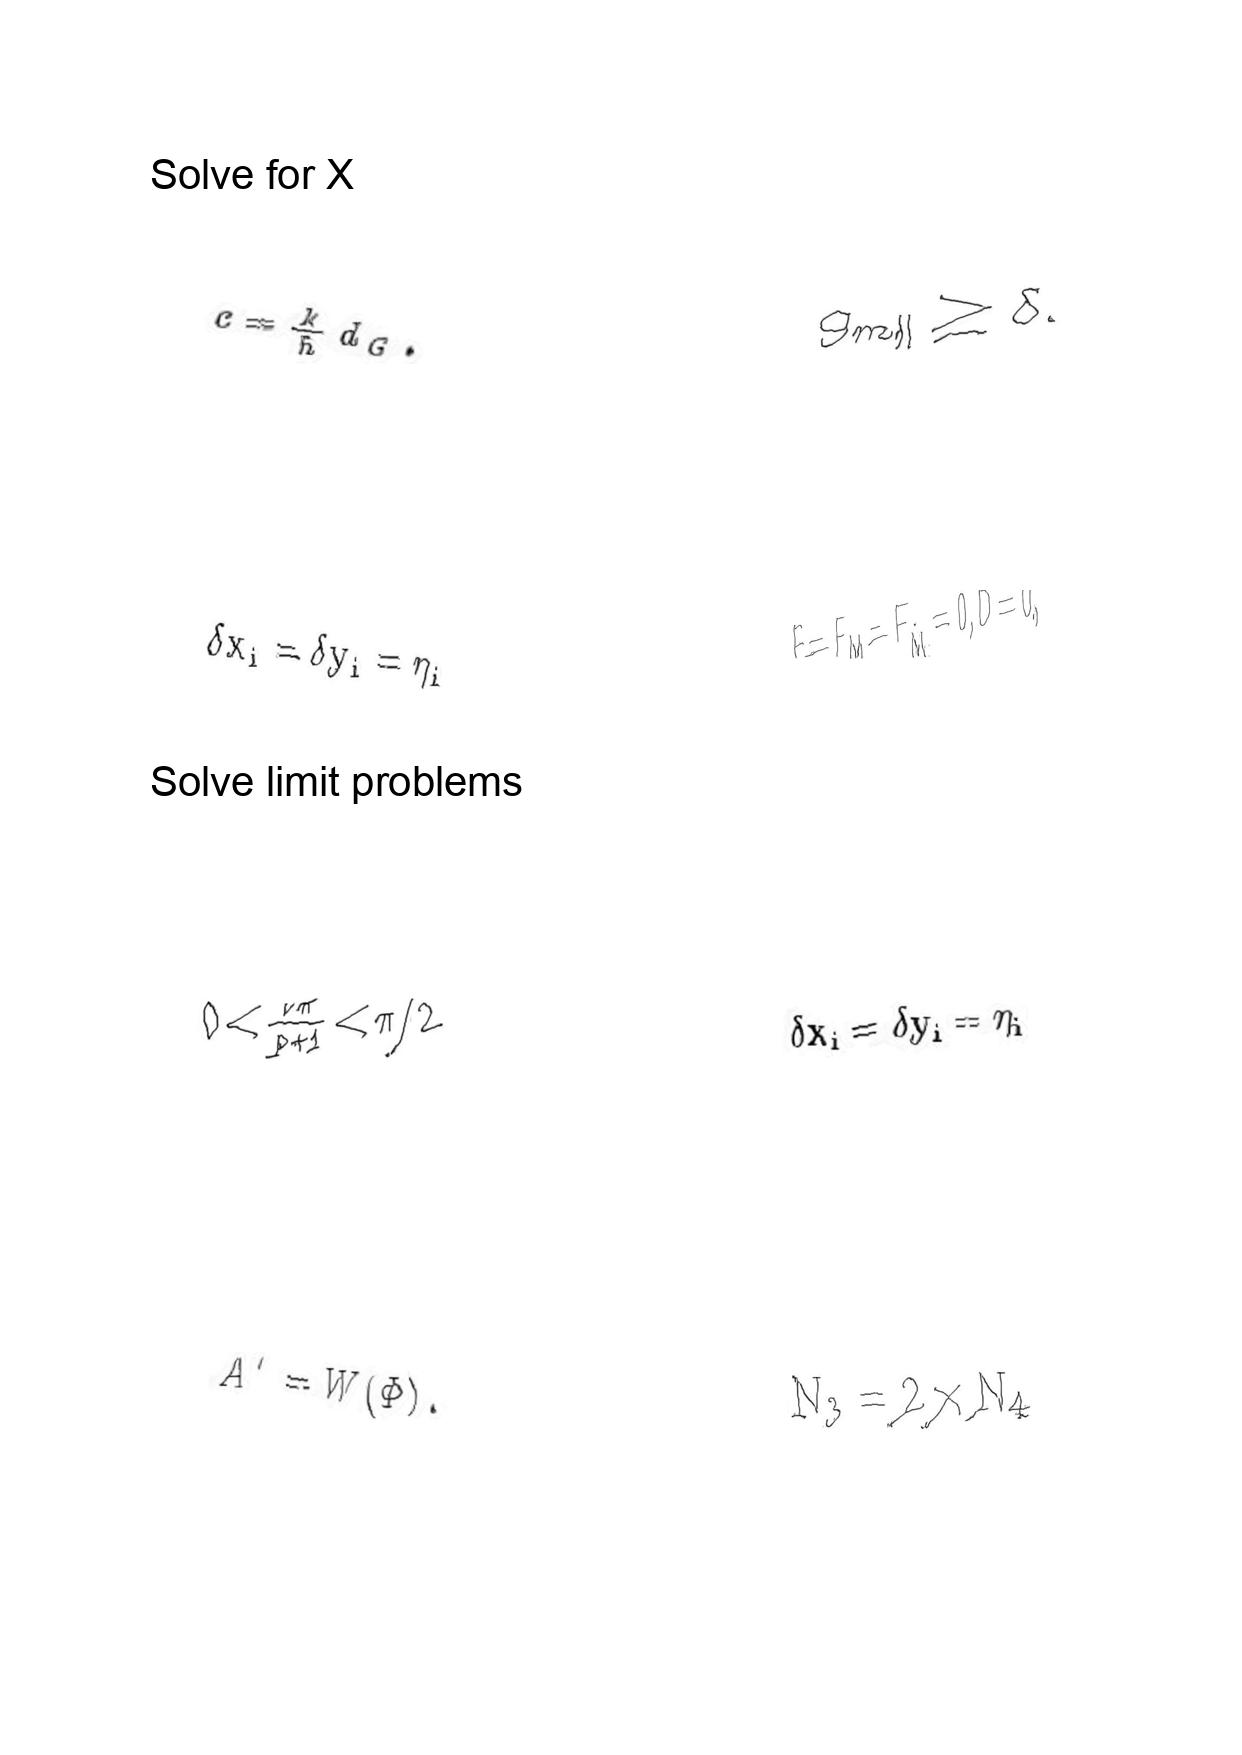
LaTeX transcription:
c = \frac { k } { h } d _ { G } .
\delta x _ { i } = \delta y _ { i } = \eta _ { i }
0 \lt \frac { \nu \pi } { p + 1 } \lt \pi / 2
A ^ { \prime } = W \lparen \Phi \rparen .
g _ { m \parallel } \geq \delta .
F = F _ { M } = F _ { \tilde { M } } = 0 , D = 0 ,
\delta x _ { i } = \delta y _ { i } = \eta _ { i }
N _ { 3 } = 2 \times N _ { 4 }